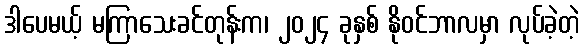
ဒါပေမယ့် မကြာသေးခင်တုန်းက၊ ၂၀၂၄ ခုနှစ် နိုဝင်ဘာလမှာ လုပ်ခဲ့တဲ့